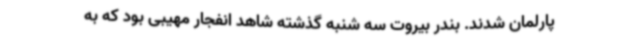
پارلمان شدند. بندر بیروت سه شنبه گذشته شاهد انفجار مهیبی بود که به